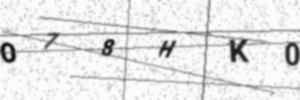
Text: O78HK0